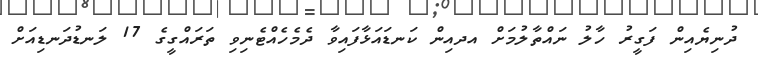
ދުނިޔެއިން ފަގީރު ހާލު ނައްތާލުމަށް އދއިން ކަނޑައަޅާފައިވާ ދެމެހެއްޓެނިވި ތަރައްގީގެ 17 ލަނޑުދަނޑިއަށް